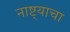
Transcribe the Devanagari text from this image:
नाष्ट्याचा